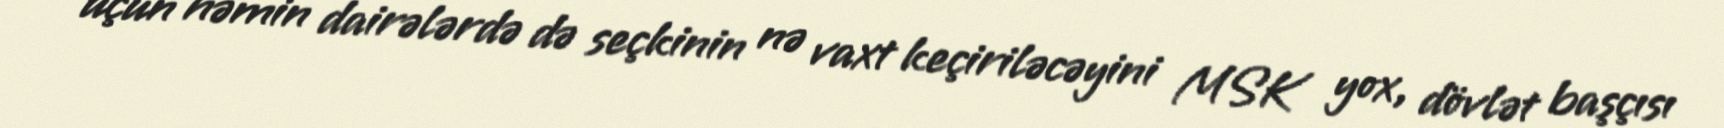
üçün həmin dairələrdə də seçkinin nə vaxt keçiriləcəyini MSK yox, dövlət başçısı